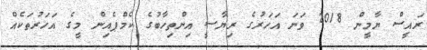
ރައީސް ޔާމީން 2018 ވަނަ އަހަރުގެ ރިޔާސީ އިންތިހާބުގެ ކެމްޕެއިން މީގެ އަހަރުތަކެއް